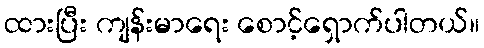
ထားပြီး ကျန်းမာရေး စောင့်ရှောက်ပါတယ်။